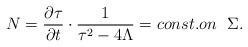
LaTeX: \begin{align*}N=\frac{\partial\tau}{\partial t}\cdot \frac{1}{\tau^{2}-4\Lambda}= const. on\mbox{ \ }\Sigma. \end{align*}